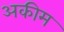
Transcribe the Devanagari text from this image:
अकीम